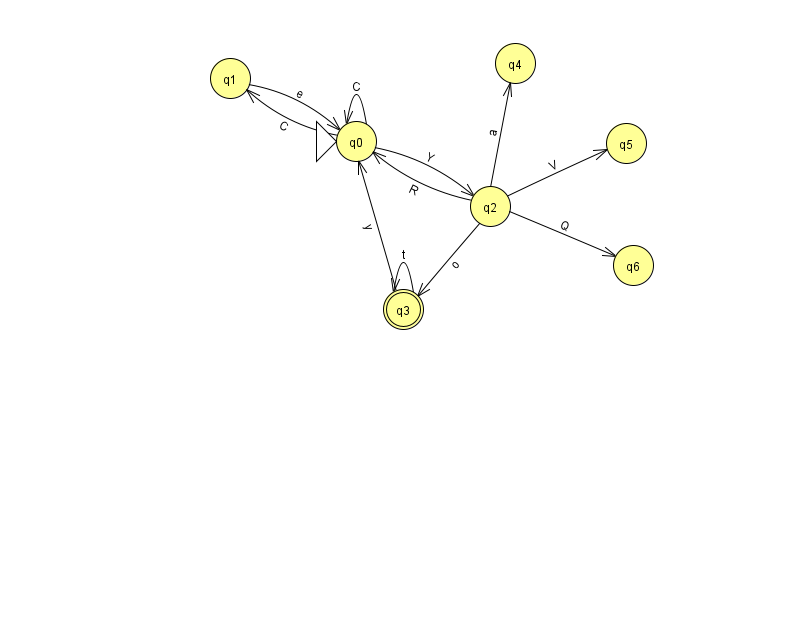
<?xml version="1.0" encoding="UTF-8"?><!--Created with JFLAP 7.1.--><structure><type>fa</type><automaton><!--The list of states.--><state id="0" name="q0"><x>356.0</x><y>128.0</y><initial/></state><state id="1" name="q1"><x>230.0</x><y>65.0</y></state><state id="2" name="q2"><x>490.0</x><y>193.0</y></state><state id="3" name="q3"><x>403.0</x><y>296.0</y><final/></state><state id="4" name="q4"><x>515.0</x><y>50.0</y></state><state id="5" name="q5"><x>626.0</x><y>130.0</y></state><state id="6" name="q6"><x>633.0</x><y>252.0</y></state><!--The list of transitions.--><transition><from>0</from><to>0</to><read>C</read></transition><transition><from>2</from><to>6</to><read>Q</read></transition><transition><from>3</from><to>3</to><read>t</read></transition><transition><from>2</from><to>0</to><read>R</read></transition><transition><from>1</from><to>0</to><read>e</read></transition><transition><from>2</from><to>5</to><read>V</read></transition><transition><from>0</from><to>2</to><read>Y</read></transition><transition><from>2</from><to>3</to><read>o</read></transition><transition><from>0</from><to>1</to><read>C</read></transition><transition><from>2</from><to>4</to><read>a</read></transition><transition><from>3</from><to>0</to><read>y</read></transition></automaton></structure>